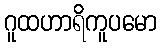
ဂူထဟာရိကူပမော